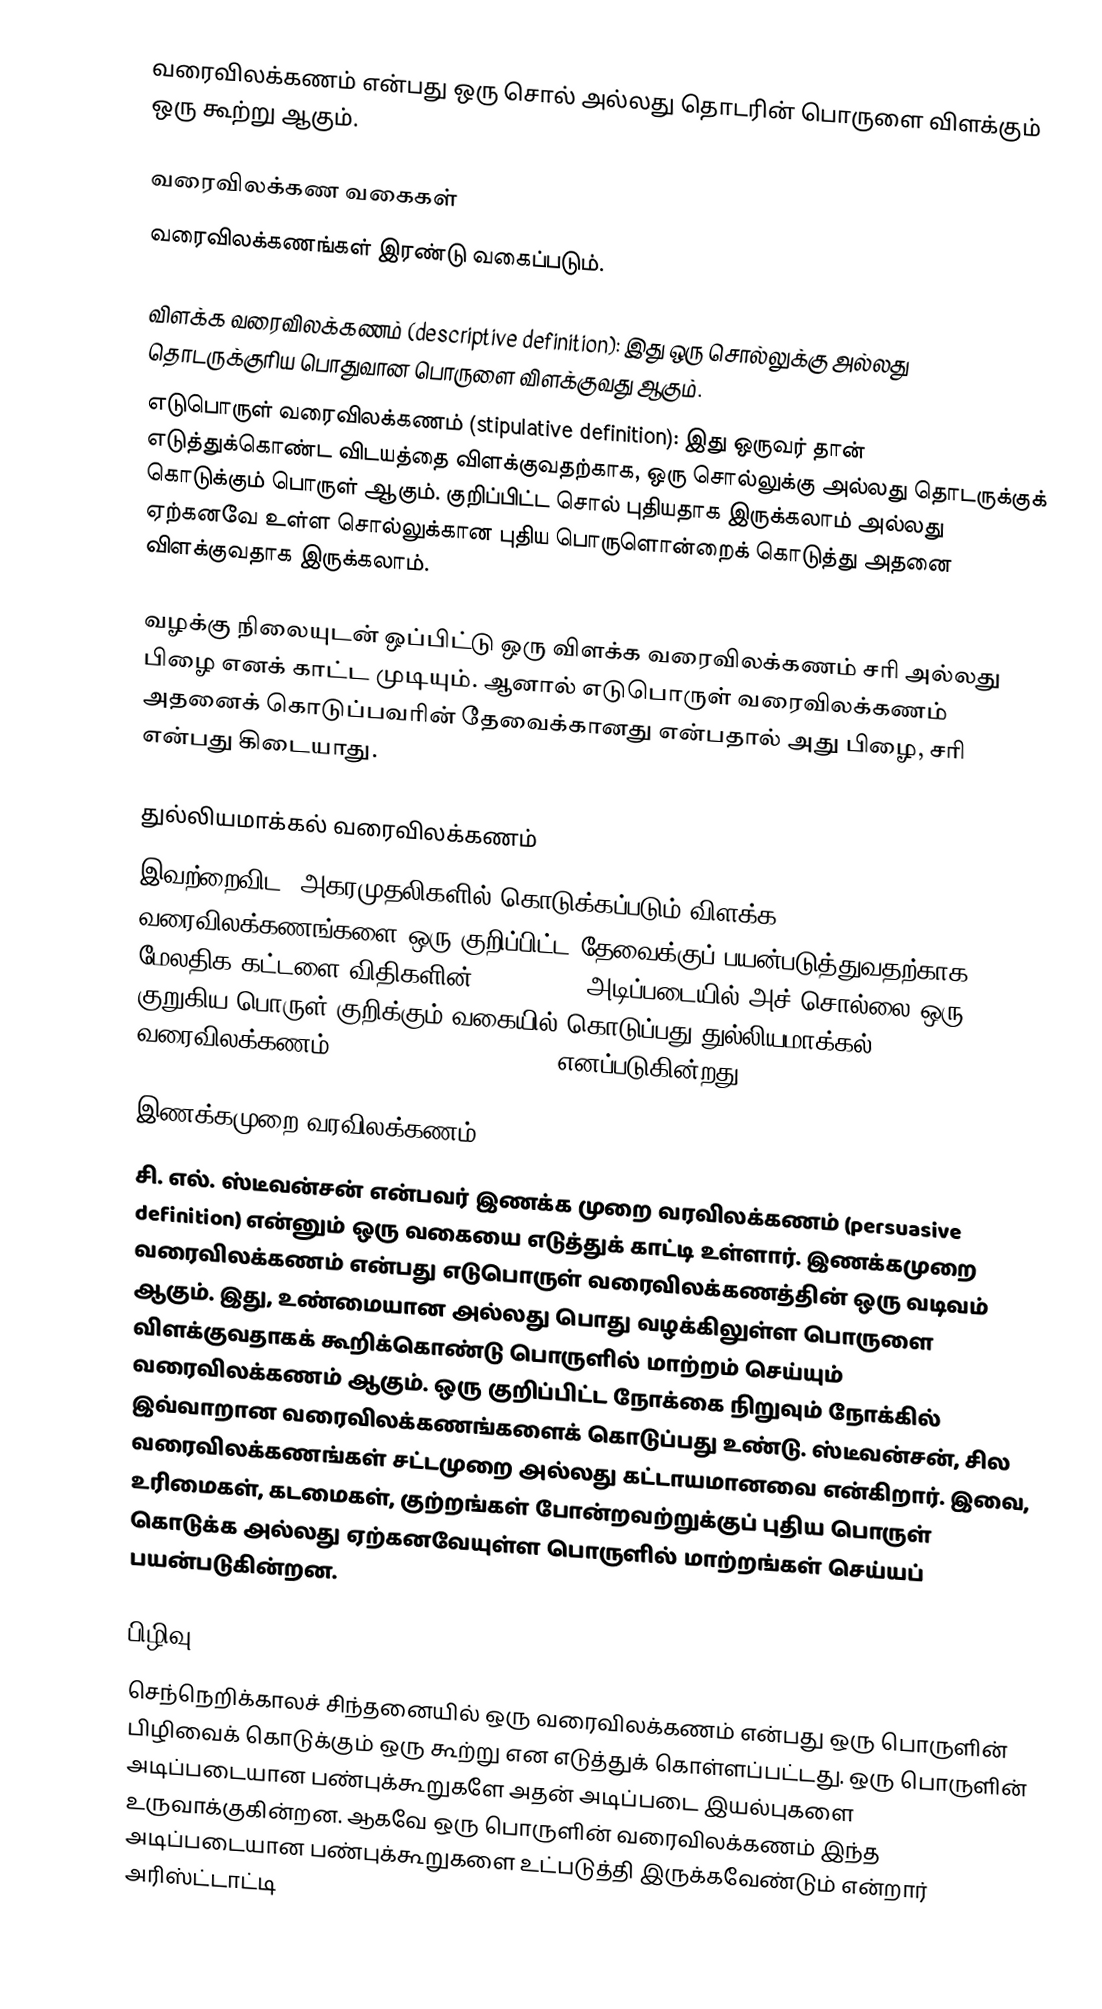
வரைவிலக்கணம் என்பது ஒரு சொல் அல்லது தொடரின் பொருளை விளக்கும் ஒரு கூற்று ஆகும்.

வரைவிலக்கண வகைகள்
வரைவிலக்கணங்கள் இரண்டு வகைப்படும்.

 விளக்க வரைவிலக்கணம் (descriptive definition): இது ஒரு சொல்லுக்கு அல்லது தொடருக்குரிய பொதுவான பொருளை விளக்குவது ஆகும்.
 எடுபொருள் வரைவிலக்கணம் (stipulative definition): இது ஒருவர் தான் எடுத்துக்கொண்ட விடயத்தை விளக்குவதற்காக, ஒரு சொல்லுக்கு அல்லது தொடருக்குக் கொடுக்கும் பொருள் ஆகும். குறிப்பிட்ட சொல் புதியதாக இருக்கலாம் அல்லது ஏற்கனவே உள்ள சொல்லுக்கான புதிய பொருளொன்றைக் கொடுத்து அதனை விளக்குவதாக இருக்கலாம்.

வழக்கு நிலையுடன் ஒப்பிட்டு ஒரு விளக்க வரைவிலக்கணம் சரி அல்லது பிழை எனக் காட்ட முடியும். ஆனால் எடுபொருள் வரைவிலக்கணம் அதனைக் கொடுப்பவரின் தேவைக்கானது என்பதால் அது பிழை, சரி என்பது கிடையாது.

துல்லியமாக்கல் வரைவிலக்கணம்
இவற்றைவிட, அகரமுதலிகளில் கொடுக்கப்படும் விளக்க வரைவிலக்கணங்களை ஒரு குறிப்பிட்ட தேவைக்குப் பயன்படுத்துவதற்காக மேலதிக கட்டளை விதிகளின் (criteria) அடிப்படையில் அச் சொல்லை ஒரு குறுகிய பொருள் குறிக்கும் வகையில் கொடுப்பது துல்லியமாக்கல் வரைவிலக்கணம் (precising definition) எனப்படுகின்றது.

இணக்கமுறை வரவிலக்கணம்
சி. எல். ஸ்டீவன்சன் என்பவர் இணக்க முறை வரவிலக்கணம் (persuasive definition) என்னும் ஒரு வகையை எடுத்துக் காட்டி உள்ளார். இணக்கமுறை வரைவிலக்கணம் என்பது எடுபொருள் வரைவிலக்கணத்தின் ஒரு வடிவம் ஆகும். இது, உண்மையான அல்லது பொது வழக்கிலுள்ள பொருளை விளக்குவதாகக் கூறிக்கொண்டு பொருளில் மாற்றம் செய்யும் வரைவிலக்கணம் ஆகும். ஒரு குறிப்பிட்ட நோக்கை நிறுவும் நோக்கில் இவ்வாறான வரைவிலக்கணங்களைக் கொடுப்பது உண்டு. ஸ்டீவன்சன், சில வரைவிலக்கணங்கள் சட்டமுறை அல்லது கட்டாயமானவை என்கிறார். இவை, உரிமைகள், கடமைகள், குற்றங்கள் போன்றவற்றுக்குப் புதிய பொருள் கொடுக்க அல்லது ஏற்கனவேயுள்ள பொருளில் மாற்றங்கள் செய்யப் பயன்படுகின்றன.

பிழிவு
செந்நெறிக்காலச் சிந்தனையில் ஒரு வரைவிலக்கணம் என்பது ஒரு பொருளின் பிழிவைக் கொடுக்கும் ஒரு கூற்று என எடுத்துக் கொள்ளப்பட்டது. ஒரு பொருளின் அடிப்படையான பண்புக்கூறுகளே அதன் அடிப்படை இயல்புகளை உருவாக்குகின்றன. ஆகவே ஒரு பொருளின் வரைவிலக்கணம் இந்த அடிப்படையான பண்புக்கூறுகளை உட்படுத்தி இருக்கவேண்டும் என்றார் அரிஸ்ட்டாட்டி